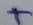
Text: +